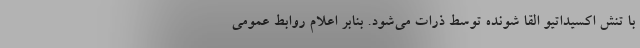
با تنش اکسیداتیو القا شونده توسط ذرات می‌شود. بنابر اعلام روابط عمومی